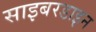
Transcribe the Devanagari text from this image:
साइबरडाइन